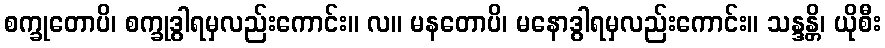
စက္ခုတောပိ၊ စက္ခုဒွါရမှလည်းကောင်း။ လ။ မနတောပိ၊ မနောဒွါရမှလည်းကောင်း။ သန္ဒန္တိ၊ ယိုစီး